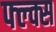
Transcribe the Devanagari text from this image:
फ्ल्क्स